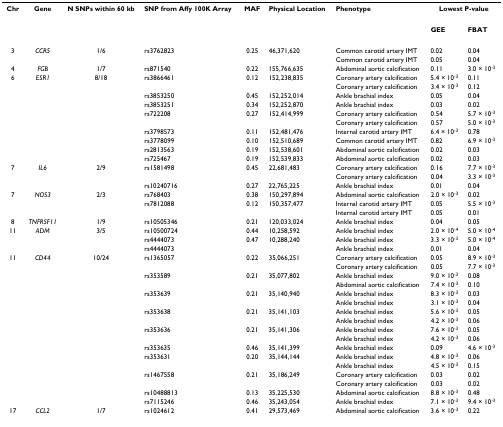
<table><thead><tr><td><b>Chr</b></td><td><b>Gene</b></td><td><b>N SNPs within 60 kb</b></td><td><b>SNP from Affy 100K Array</b></td><td><b>MAF</b></td><td><b>Physical Location</b></td><td><b>Phenotype</b></td><td colspan="2"><b>Lowest P-value</b></td></tr></thead><tbody><tr><td></td><td></td><td></td><td></td><td></td><td></td><td></td><td><b>GEE</b></td><td><b>FBAT</b></td></tr><tr><td>3</td><td><i>CCR5</i></td><td>1/6</td><td>rs3762823</td><td>0.25</td><td>46,371,620</td><td>Common carotid artery IMT</td><td>0.02</td><td>0.04</td></tr><tr><td></td><td></td><td></td><td></td><td></td><td></td><td>Common carotid artery IMT</td><td>0.05</td><td>0.04</td></tr><tr><td>4</td><td><i>FGB</i></td><td>1/7</td><td>rs871540</td><td>0.22</td><td>155,766,635</td><td>Abdominal aortic calcification</td><td>0.11</td><td>3.0 × 10<sup>-3</sup></td></tr><tr><td>6</td><td><i>ESR1</i></td><td>8/18</td><td>rs3866461</td><td>0.12</td><td>152,238,835</td><td>Coronary artery calcification</td><td>5.4 × 10<sup>-3</sup></td><td>0.11</td></tr><tr><td></td><td></td><td></td><td></td><td></td><td></td><td>Coronary artery calcification</td><td>3.4 × 10<sup>-3</sup></td><td>0.12</td></tr><tr><td></td><td></td><td></td><td>rs3853250</td><td>0.45</td><td>152,252,014</td><td>Ankle brachial index</td><td>0.05</td><td>0.04</td></tr><tr><td></td><td></td><td></td><td>rs3853251</td><td>0.34</td><td>152,252,870</td><td>Ankle brachial index</td><td>0.03</td><td>0.02</td></tr><tr><td></td><td></td><td></td><td>rs722208</td><td>0.27</td><td>152,414,999</td><td>Coronary artery calcification</td><td>0.54</td><td>5.7 × 10<sup>-3</sup></td></tr><tr><td></td><td></td><td></td><td></td><td></td><td></td><td>Coronary artery calcification</td><td>0.57</td><td>5.0 × 10<sup>-3</sup></td></tr><tr><td></td><td></td><td></td><td>rs3798573</td><td>0.11</td><td>152,481,476</td><td>Internal carotid artery IMT</td><td>6.4 × 10<sup>-3</sup></td><td>0.78</td></tr><tr><td></td><td></td><td></td><td>rs3778099</td><td>0.10</td><td>152,510,689</td><td>Common carotid artery IMT</td><td>0.82</td><td>6.9 × 10<sup>-3</sup></td></tr><tr><td></td><td></td><td></td><td>rs2813563</td><td>0.19</td><td>152,538,601</td><td>Abdominal aortic calcification</td><td>0.02</td><td>0.03</td></tr><tr><td></td><td></td><td></td><td>rs725467</td><td>0.19</td><td>152,539,833</td><td>Abdominal aortic calcification</td><td>0.02</td><td>0.03</td></tr><tr><td>7</td><td><i>IL6</i></td><td>2/9</td><td>rs1581498</td><td>0.45</td><td>22,681,483</td><td>Coronary artery calcification</td><td>0.16</td><td>7.7 × 10<sup>-3</sup></td></tr><tr><td></td><td></td><td></td><td></td><td></td><td></td><td>Coronary artery calcification</td><td>0.04</td><td>3.3 × 10<sup>-3</sup></td></tr><tr><td></td><td></td><td></td><td>rs10240716</td><td>0.27</td><td>22,765,225</td><td>Ankle brachial index</td><td>0.01</td><td>0.04</td></tr><tr><td>7</td><td><i>NOS3</i></td><td>2/3</td><td>rs768403</td><td>0.38</td><td>150,297,894</td><td>Abdominal aortic calcification</td><td>2.0 × 10<sup>-3</sup></td><td>0.02</td></tr><tr><td></td><td></td><td></td><td>rs7812088</td><td>0.12</td><td>150,357,477</td><td>Internal carotid artery IMT</td><td>0.05</td><td>5.5 × 10<sup>-3</sup></td></tr><tr><td></td><td></td><td></td><td></td><td></td><td></td><td>Internal carotid artery IMT</td><td>0.05</td><td>0.01</td></tr><tr><td>8</td><td><i>TNFRSF11</i></td><td>1/9</td><td>rs10505346</td><td>0.21</td><td>120,033,024</td><td>Ankle brachial index</td><td>0.04</td><td>0.05</td></tr><tr><td>11</td><td><i>ADM</i></td><td>3/5</td><td>rs10500724</td><td>0.44</td><td>10,258,592</td><td>Ankle brachial index</td><td>2.0 × 10<sup>-4</sup></td><td>5.0 × 10<sup>-4</sup></td></tr><tr><td></td><td></td><td></td><td>rs4444073</td><td>0.47</td><td>10,288,240</td><td>Ankle brachial index</td><td>3.3 × 10<sup>-3</sup></td><td>5.0 × 10<sup>-4</sup></td></tr><tr><td></td><td></td><td></td><td>rs4444073</td><td></td><td></td><td>Ankle brachial index</td><td>0.01</td><td>0.04</td></tr><tr><td>11</td><td><i>CD44</i></td><td>10/24</td><td>rs1365057</td><td>0.22</td><td>35,066,251</td><td>Coronary artery calcification</td><td>0.05</td><td>8.9 × 10<sup>-3</sup></td></tr><tr><td></td><td></td><td></td><td></td><td></td><td></td><td>Coronary artery calcification</td><td>0.05</td><td>7.7 × 10<sup>-3</sup></td></tr><tr><td></td><td></td><td></td><td>rs353589</td><td>0.21</td><td>35,077,802</td><td>Ankle brachial index</td><td>9.0 × 10<sup>-3</sup></td><td>0.08</td></tr><tr><td></td><td></td><td></td><td></td><td></td><td></td><td>Abdominal aortic calcification</td><td>7.4 × 10<sup>-3</sup></td><td>0.10</td></tr><tr><td></td><td></td><td></td><td>rs353639</td><td>0.21</td><td>35,140,940</td><td>Ankle brachial index</td><td>8.3 × 10<sup>-3</sup></td><td>0.03</td></tr><tr><td></td><td></td><td></td><td></td><td></td><td></td><td>Ankle brachial index</td><td>3.1 × 10<sup>-3</sup></td><td>0.04</td></tr><tr><td></td><td></td><td></td><td>rs353638</td><td>0.21</td><td>35,141,103</td><td>Ankle brachial index</td><td>5.6 × 10<sup>-3</sup></td><td>0.05</td></tr><tr><td></td><td></td><td></td><td></td><td></td><td></td><td>Ankle brachial index</td><td>4.2 × 10<sup>-3</sup></td><td>0.06</td></tr><tr><td></td><td></td><td></td><td>rs353636</td><td>0.21</td><td>35,141,306</td><td>Ankle brachial index</td><td>7.6 × 10<sup>-3</sup></td><td>0.05</td></tr><tr><td></td><td></td><td></td><td></td><td></td><td></td><td>Ankle brachial index</td><td>4.2 × 10<sup>-3</sup></td><td>0.06</td></tr><tr><td></td><td></td><td></td><td>rs353635</td><td>0.46</td><td>35,141,399</td><td>Ankle brachial index</td><td>0.09</td><td>4.6 × 10<sup>-3</sup></td></tr><tr><td></td><td></td><td></td><td>rs353631</td><td>0.20</td><td>35,144,144</td><td>Ankle brachial index</td><td>4.8 × 10<sup>-3</sup></td><td>0.06</td></tr><tr><td></td><td></td><td></td><td></td><td></td><td></td><td>Ankle brachial index</td><td>4.5 × 10<sup>-3</sup></td><td>0.15</td></tr><tr><td></td><td></td><td></td><td>rs1467558</td><td>0.21</td><td>35,186,249</td><td>Coronary artery calcification</td><td>0.03</td><td>0.02</td></tr><tr><td></td><td></td><td></td><td></td><td></td><td></td><td>Coronary artery calcification</td><td>0.03</td><td>0.02</td></tr><tr><td></td><td></td><td></td><td>rs10488813</td><td>0.13</td><td>35,225,530</td><td>Abdominal aortic calcification</td><td>8.8 × 10<sup>-3</sup></td><td>0.48</td></tr><tr><td></td><td></td><td></td><td>rs7115246</td><td>0.46</td><td>35,243,054</td><td>Ankle brachial index</td><td>7.1 × 10<sup>-3</sup></td><td>9.4 × 10<sup>-3</sup></td></tr><tr><td>17</td><td><i>CCL2</i></td><td>1/7</td><td>rs1024612</td><td>0.41</td><td>29,573,469</td><td>Abdominal aortic calcification</td><td>3.6 × 10<sup>-3</sup></td><td>0.22</td></tr></tbody></table>